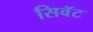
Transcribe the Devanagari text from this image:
सिवॅट